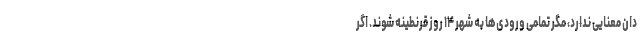
دان معنایی ندارد، مگر تمامی ورودی‌ها به شهر ۱۴ روز قرنطینه شوند. اگر